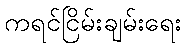
ကရင်ငြိမ်းချမ်းရေး